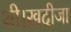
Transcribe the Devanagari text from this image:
थी।ख़दीजा